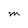
Character: M